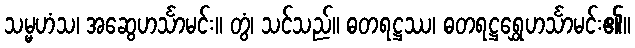
သမ္မဟံသ၊ အဆွေဟင်္သာမင်း။ တွံ၊ သင်သည်။ ဓတရဋ္ဌဿ၊ ဓတရဋ္ဌရွှေဟင်္သာမင်း၏။